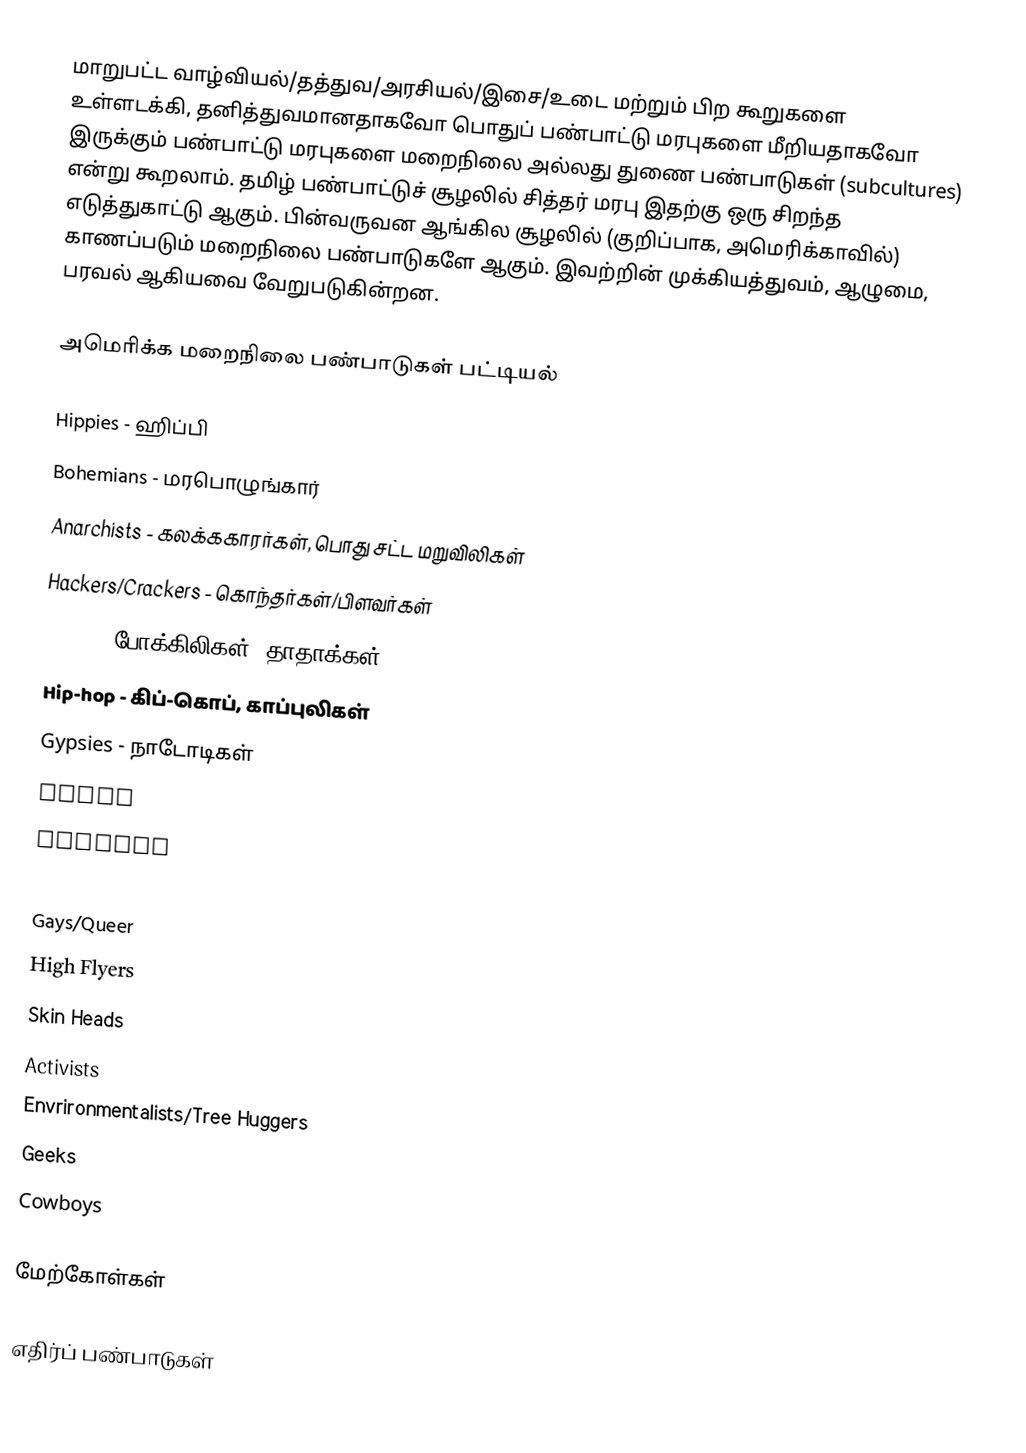
மாறுபட்ட வாழ்வியல்/தத்துவ/அரசியல்/இசை/உடை மற்றும் பிற கூறுகளை உள்ளடக்கி, தனித்துவமானதாகவோ பொதுப் பண்பாட்டு மரபுகளை மீறியதாகவோ இருக்கும் பண்பாட்டு மரபுகளை மறைநிலை அல்லது துணை பண்பாடுகள் (subcultures) என்று கூறலாம். தமிழ் பண்பாட்டுச் சூழலில் சித்தர் மரபு இதற்கு ஒரு சிறந்த எடுத்துகாட்டு ஆகும். பின்வருவன ஆங்கில சூழலில் (குறிப்பாக, அமெரிக்காவில்) காணப்படும் மறைநிலை பண்பாடுகளே ஆகும்.  இவற்றின் முக்கியத்துவம், ஆழுமை, பரவல் ஆகியவை வேறுபடுகின்றன.

அமெரிக்க மறைநிலை பண்பாடுகள் பட்டியல்

 Hippies - ஹிப்பி
 Bohemians - மரபொழுங்கார்
 Anarchists - கலக்ககாரர்கள், பொது சட்ட மறுவிலிகள்
 Hackers/Crackers - கொந்தர்கள்/பிளவர்கள்
 Gangs - போக்கிலிகள், தாதாக்கள்
 Hip-hop - கிப்-கொப், காப்புலிகள்
 Gypsies - நாடோடிகள்
 Punks
 Rockers
 Gothes
 Gays/Queer
 High Flyers
 Skin Heads
 Activists
 Envrironmentalists/Tree Huggers
 Geeks
 Cowboys

மேற்கோள்கள்

எதிர்ப் பண்பாடுகள்